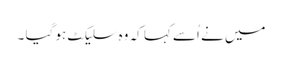
میں نے اُسے کہا کہ وہ سلیکٹ ہو گیا ۔